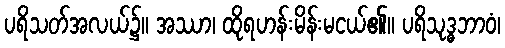
ပရိသတ်အလယ်၌။ အဿာ၊ ထိုရဟန်းမိန်းမငယ်၏။ ပရိသုဒ္ဓဘာဝံ၊